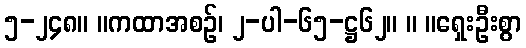
၅-၂၄၈။ ။ကထာအစဉ်၊ ၂-ပါ-၆၅-ဋ္ဌ၆၂။ ။ ။ရှေးဦးစွာ